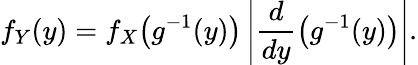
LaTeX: f_{Y}(y)=f_{X}{\big(}g^{-1}(y){\big)}\left|{\frac{d}{dy}}{\big(}g^{-1}(y){\big)}\right|.